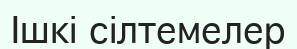
Ішкі сілтемелер